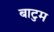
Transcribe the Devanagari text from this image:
बाटुम